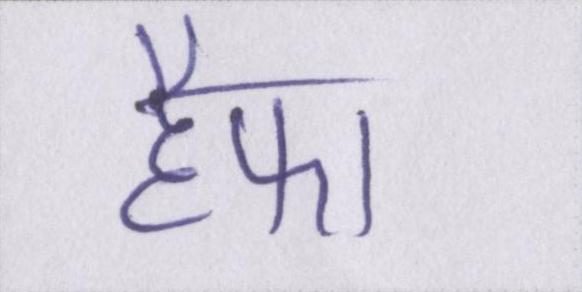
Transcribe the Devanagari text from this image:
हैफा